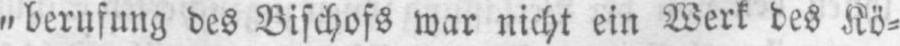
„berufung des Bischofs war nicht ein Werk des Kö⸗